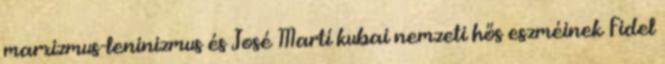
marxizmus-leninizmus és José Martí kubai nemzeti hős eszméinek Fidel